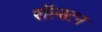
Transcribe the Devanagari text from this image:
रॉल्स्टन